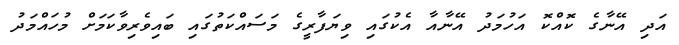
އަދި އޭނާގެ ކޮއްކޮ އަހުމަދު އޭނާއާ އެކުގައި ވިޔަފާރީގެ މަސައްކަތުގައި ބައިވެރިވާކަމަށް މުހައްމަދު